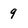
Character: 9